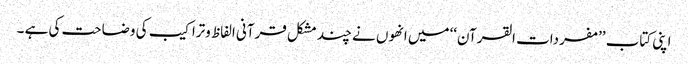
اپنی کتاب ’’مفردات القرآن‘‘ میں انھوں نے چند مشکل قرآنی الفاظ وتراکیب کی وضاحت کی ہے ۔